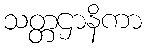
သတ္တဌာနိကာ